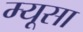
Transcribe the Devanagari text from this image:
म्यूसा